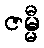
ဇမ္မီ